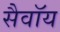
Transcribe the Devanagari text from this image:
सैवॉय